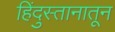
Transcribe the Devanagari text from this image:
हिंदुस्तानातून